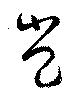
豈